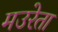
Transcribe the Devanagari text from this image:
मउरेता